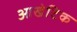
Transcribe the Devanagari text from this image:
आखेटिक